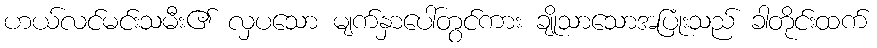
ဟယ်လင်မင်းသမီး၏ လှပသော မျက်နှာပေါ်တွင်ကား ချိုသာသောအပြုံးသည် ခါတိုင်းထက်